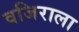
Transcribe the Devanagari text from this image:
वजिराला